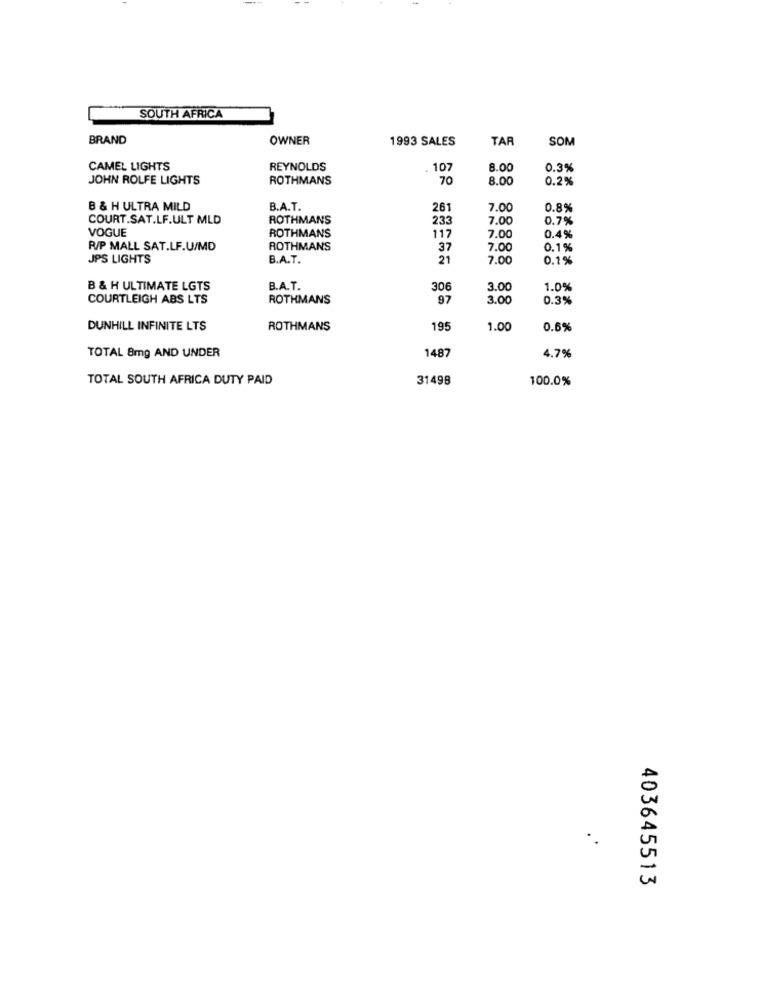
SOUTH AFRICA
BRAND
OWNER
1993 SALES
TAR
SOM
CAMEL LIGHTS
REYNOLDS
107
8.00
0.3%
JOHN ROLFE LIGHTS
ROTHMANS
70
8.00
0.2%
B & H ULTRA MILD
B.A.T.
261
7.00
0.8%
COURT.SAT.LF.ULT MLD
ROTHMANS
233
7.00
0.7%
VOGUE
ROTHMANS
117
7.00
0.4%
R/P MALL SAT.LF.U/MD
ROTHMANS
37
7.00
0.1%
JPS LIGHTS
B.A.T.
21
7.00
0.1%
B & H ULTIMATE LGTS
B.A.T.
306
3.00
1.0%
COURTLEIGH ABS LTS
ROTHMANS
97
3.00
0.3%
DUNHILL INFINITE LTS
ROTHMANS
195
1.00
0.6%
TOTAL 8mg AND UNDER
1487
4.7%
TOTAL SOUTH AFRICA DUTY PAID
31498
100.0%
.
403645513